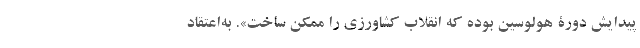
پیدایش دورۀ هولوسین بوده که انقلاب کشاورزی را ممکن ساخت». به‌اعتقاد